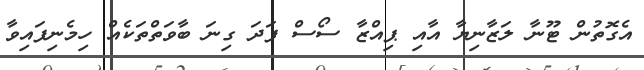
އެގޮތުން ޓޫނާ ލަޒާނިޔާ އާއި ޕިއްޒާ ސޯސް ފަދަ ގިނަ ބާވަތްތަކެއް ހިމެނިފައިވާ